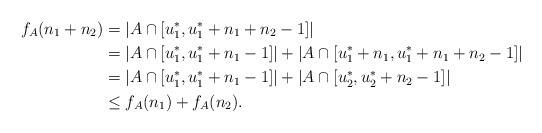
LaTeX: \begin{align*}f_A(n_1+n_2) & = \left| A \cap [u^*_1, u^*_1+ n_1 + n_2 -1] \right| \\& = \left| A \cap [u^*_1, u^*_1+ n_1 -1] \right| + \left| A \cap [u^*_1+n_1, u^*_1+ n_1 + n_2 -1] \right| \\& = \left| A \cap [u^*_1, u^*_1+ n_1 -1] \right| + \left| A \cap [u^*_2, u^*_2 + n_2 -1] \right| \\& \leq f_A(n_1) + f_A(n_2). \end{align*}